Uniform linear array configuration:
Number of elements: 48
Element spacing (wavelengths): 0.25
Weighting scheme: binomial
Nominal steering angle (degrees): -60
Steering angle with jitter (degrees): -58.228
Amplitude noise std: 0.05
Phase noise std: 0.05

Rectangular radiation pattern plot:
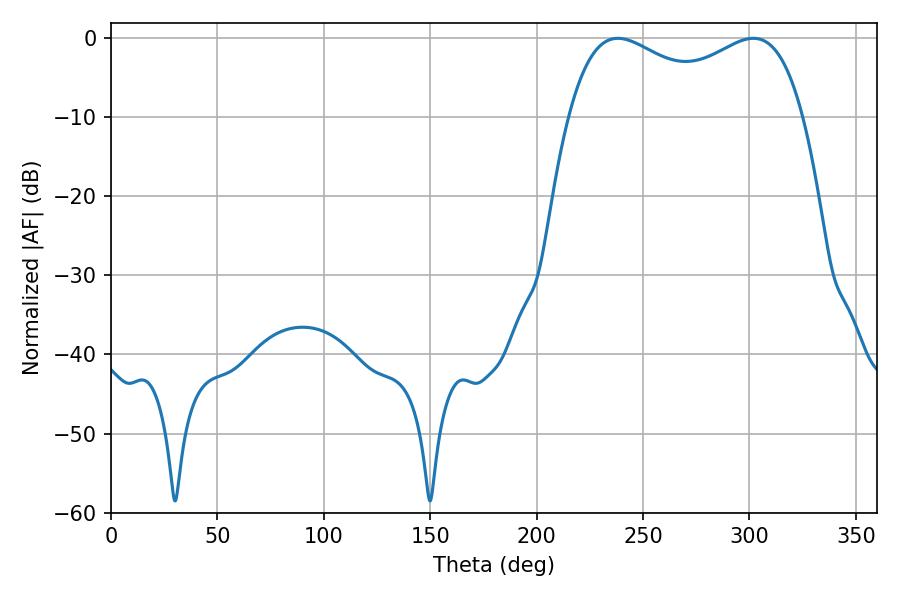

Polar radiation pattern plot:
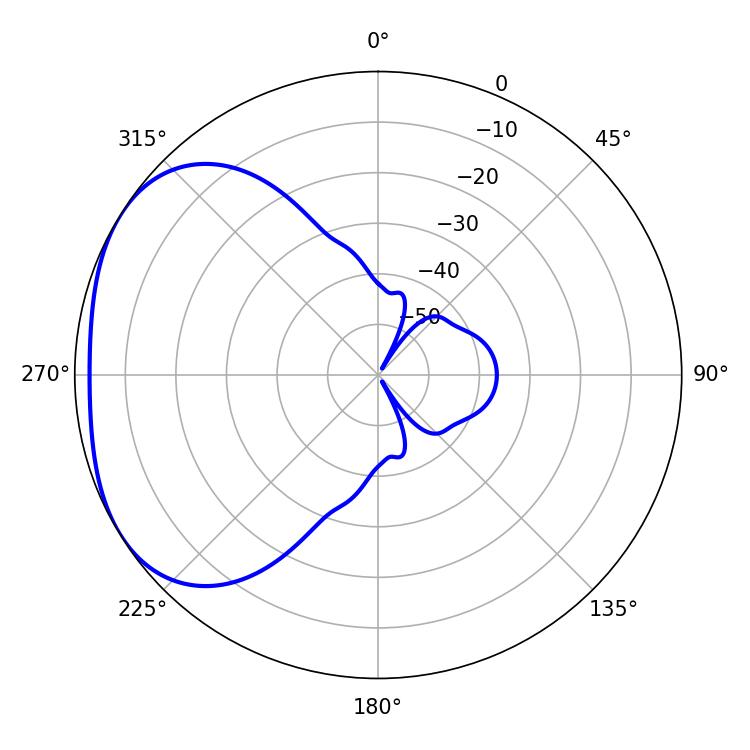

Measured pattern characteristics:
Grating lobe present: FALSE
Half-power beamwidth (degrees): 91.44
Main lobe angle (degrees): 238.14